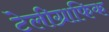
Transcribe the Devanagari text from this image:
टेलीग्राफिक